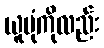
ယူပုံကိုလည်း